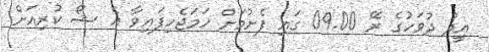
އީދު ދުވަހުގެ ރޭ 09.00 ގައި ފެށުމަށް ހަމަޖެހިފައިވާ އެ ޝޯ ކުރިއަށް